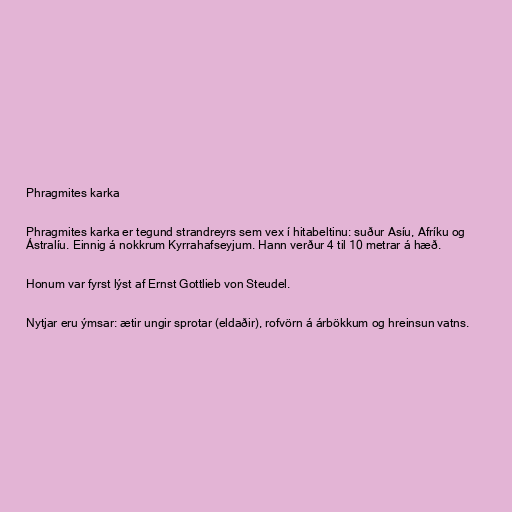
Phragmites karka

Phragmites karka er tegund strandreyrs sem vex í hitabeltinu: suður Asíu, Afríku og
Ástralíu. Einnig á nokkrum Kyrrahafseyjum. Hann verður 4 til 10 metrar á hæð.

Honum var fyrst lýst af Ernst Gottlieb von Steudel.

Nytjar eru ýmsar: ætir ungir sprotar (eldaðir), rofvörn á árbökkum og hreinsun vatns.